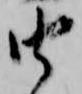
由